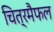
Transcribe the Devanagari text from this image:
चित्रमैफल